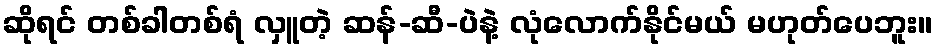
ဆိုရင် တစ်ခါတစ်ရံ လှူတဲ့ ဆန်-ဆီ-ပဲနဲ့ လုံလောက်နိုင်မယ် မဟုတ်ပေဘူး။